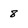
Character: 8